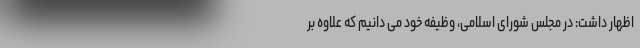
اظهار داشت: در مجلس شورای اسلامی، وظیفه خود می دانیم که علاوه بر